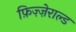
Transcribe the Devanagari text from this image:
फ़िज़्ज़ेराल्ड